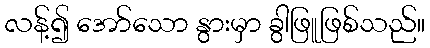
လန့်၍ အော်သော နွားမှာ ခွါဖြူဖြစ်သည်။